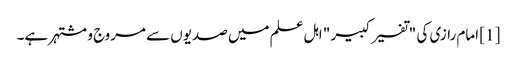
[1] امام رازی کی "تفسیر کبیر " اہل علم میں صدیوں سے مروج و مشتہر ہے۔